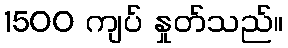
1500 ကျပ် နှုတ်သည်။